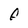
Character: F